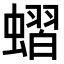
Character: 𧐔